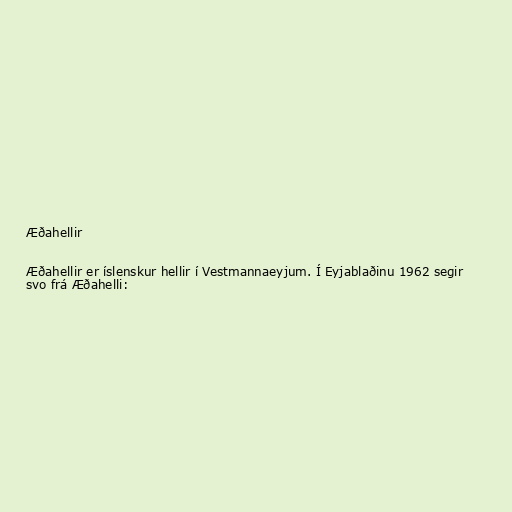
Æðahellir

Æðahellir er íslenskur hellir í Vestmannaeyjum. Í Eyjablaðinu 1962 segir
svo frá Æðahelli: